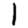
Digit: 1